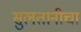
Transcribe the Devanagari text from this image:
सुलतानीचा